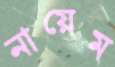
নায়েম